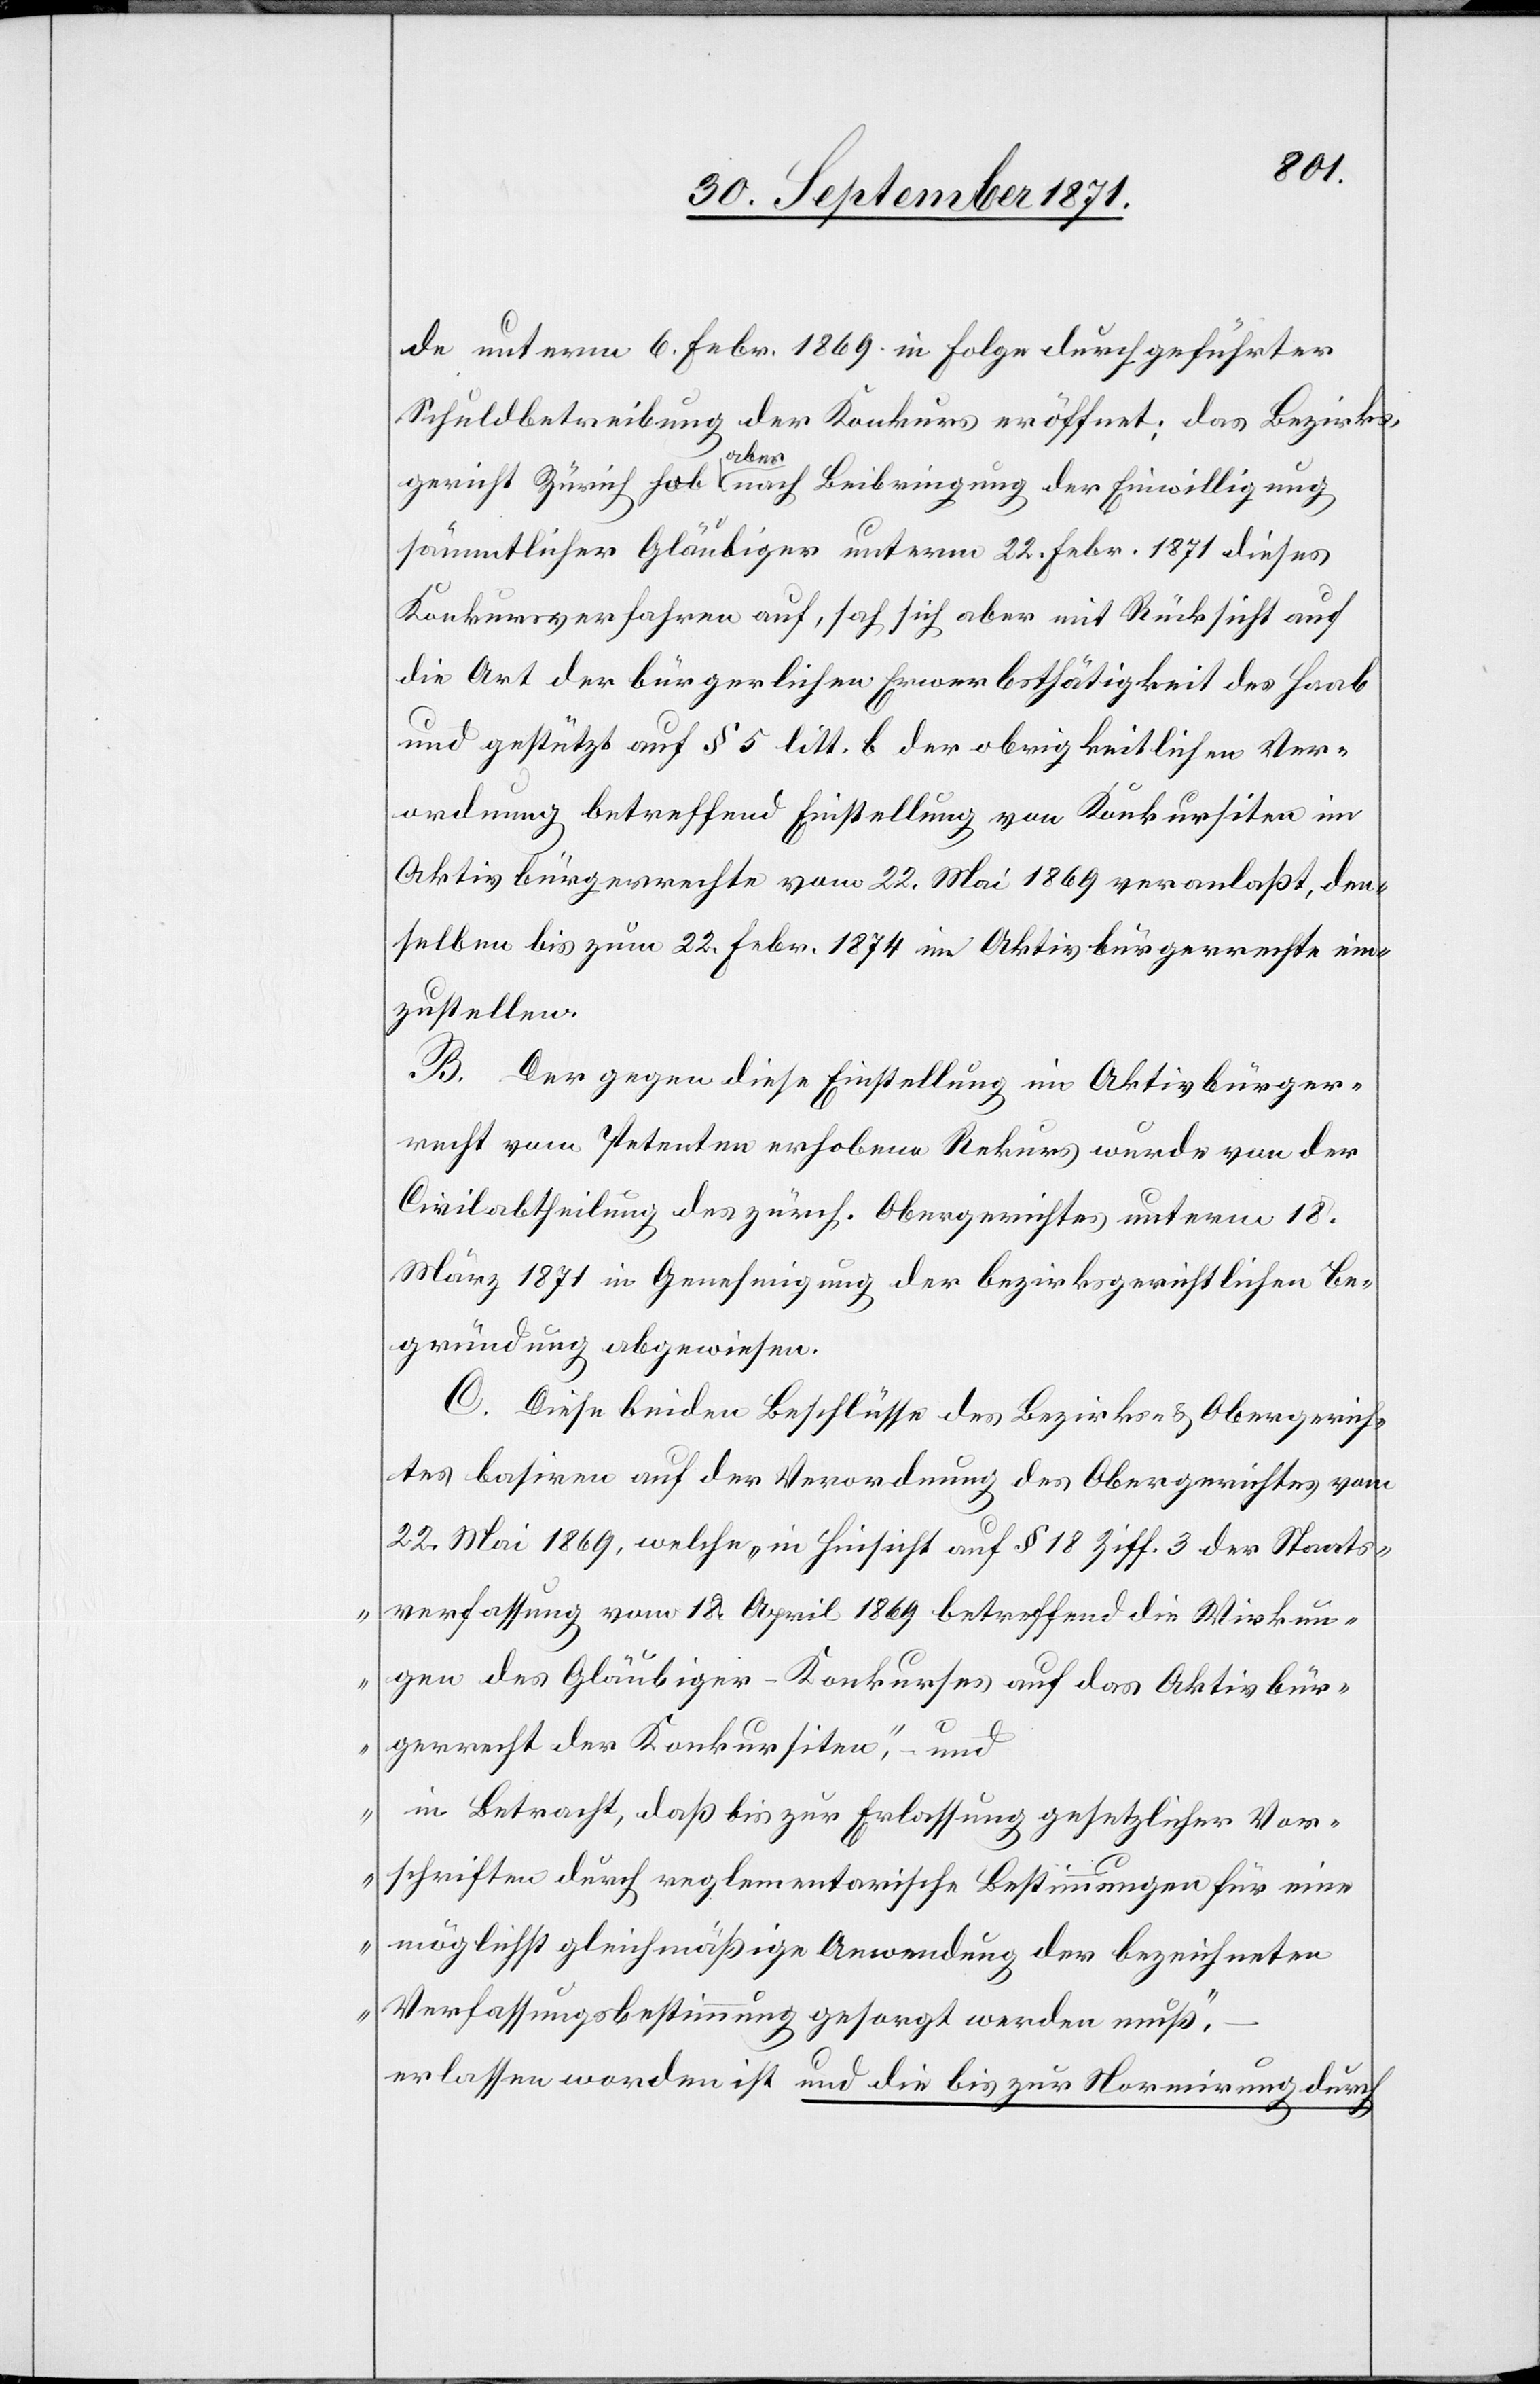
de unterm 6. Febr. 1869 in Folge durchgeführter
Schuldbetreibung der Konkurs eröffnet; das Bezirks¬
gericht Zürich hob aber nach Beibringung der Einwilligung
sämmtlicher Gläubiger unterm 22. Febr. 1871 dieses
Konkursverfahren auf, sah sich aber mit Rücksicht auf
die Art der bürgerlichen Erwerbsthätigkeit des Haab
und gestützt auf § 5 litt. b. der obrigkeitlichen Ver¬
ordnung betreffend Einstellung von Konkursiten im
Aktivbürgerrechte vom 22. Mai 1869 veranlaßt, den¬
selben bis zum 22. Febr. 1874 im Aktivbürgerrecht ein¬
zustellen.
B. Der gegen diese Einstellung im Aktivbürger¬
recht vom Petenten erhobene Rekurs wurde von der
Civilabtheilung des zürch. Obergerichtes unterm 18.
März in Genehmigung der bezirksgerichtlichen Be¬
gründung abgewiesen.
C. Diese beiden Beschlüsse des Bezirks- & Obergerich¬
tes basiren auf der Verordnung des Obergerichtes vom
22. Mai 1869, welche „in Hinsicht auf § 18 Ziff. 3 der Staats¬
verfassung vom 18. April 1869, betreffend die Wirkun¬
gen des Gläubiger-Konkurses auf das Aktivbür¬
gerrecht der Konkursiten“, – und
„in Betracht, daß bis zur Erlassung gesetzlicher Vor¬
schriften durch reglementarische Bestimmungen für eine
möglichst gleichmäßige Anwendung der bezeichneten
Verfassungsbestimmung gesorgt werden muß“,
erlassen worden ist und die bis zur Normirung durch